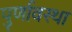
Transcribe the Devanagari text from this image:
पुर्णावस्था